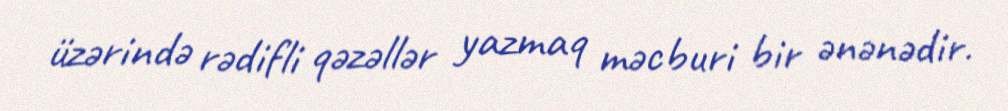
üzərində rədifli qəzəllər yazmaq məcburi bir ənənədir.